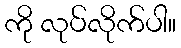
ကို လုပ်လိုက်ပါ။